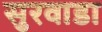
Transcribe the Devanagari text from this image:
सुरवाडा